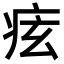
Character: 痃